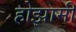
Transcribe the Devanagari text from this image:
होझामी